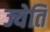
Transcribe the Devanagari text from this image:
ज्येति